Reports on dispensaries and lunatic asylums in the Province of Oudh - 1869-1876
Year: 1869
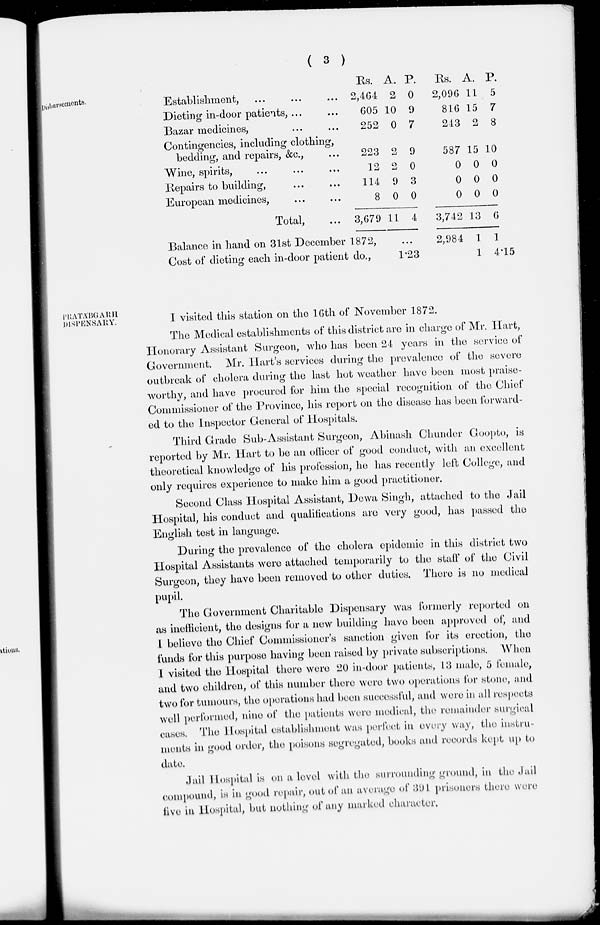
( 3 )
Disbursements.
Establishment, ... ... ...
Dieting in-door patients, ... ...
Bazar medicines, ... ...
Contingencies, including clothing,
bedding, and repairs, &c., ...
Wine, spirits, ... ... ...
Repairs to building, ... ...
European medicines, ... ...
Total, ...
Rs.
2,464
605
252
223
12
114
8
3,679
Balance in hand on 31st December 1872,
Cost of dieting each in-door patient do.,
A.
2
10
0
2
2
9
0
11
P.
0
9
7
9
0
3
0
4
...
1.23
Rs.
2,096
816
243
587
0
0
0
3,742
2,984
A.
11
15
2
15
0
0
0
13
1
1
P.
5
7
8
10
0
0
0
6
1
4.15
PRATÁBGARH
DISPENSARY.
I visited this station on the 16th of November 1872.
The Medical establishments of this district are in charge of Mr. Hart,
Honorary Assistant Surgeon, who has been 24 years in the service of
Government. Mr. Hart's services during the prevalence of the severe
outbreak of cholera during the last hot weather have been most praise-
worthy, and have procured for him the special recognition of the Chief
Commissioner of the Province, his report on the disease has been forward-
ed to the Inspector General of Hospitals.
Third Grade Sub-Assistant Surgeon, Abinash Chunder Goopto, is
reported by Mr. Hart to be an officer of good conduct, with an excellent
theoretical knowledge of his profession, he has recently left College, and
only requires experience to make him a good practitioner.
Second Class Hospital Assistant, Dewa Singh, attached to the Jail
Hospital, his conduct and qualifications are very good, has passed the
English test in language.
During the prevalence of the cholera epidemic in this district two
Hospital Assistants were attached temporarily to the staff of the Civil
Surgeon, they have been removed to other duties. There is no medical
pupil.
The Government Charitable Dispensary was formerly reported on
as inefficient, the designs for a new building have been approved of, and
I believe the Chief Commissioner's sanction given for its erection, the
funds for this purpose having been raised by private subscriptions. When
I visited the Hospital there were 20 in-door patients, 13 male, 5 female,
and two children, of this number there were two operations for stone, and
two for tumours, the operations had been successful, and were in all respects
well performed, nine of the patients were medical, the remainder surgical
cases. The Hospital establishment was perfect in every way, the instru-
ments in good order, the poisons segregated, books and records kept up to
date.
Jail Hospital is on a level with the surrounding ground, in the Jail
compound, is in good repair, out of an average of 391 prisoners there were
five in Hospital, but nothing of any marked character.